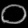
Digit: ၀